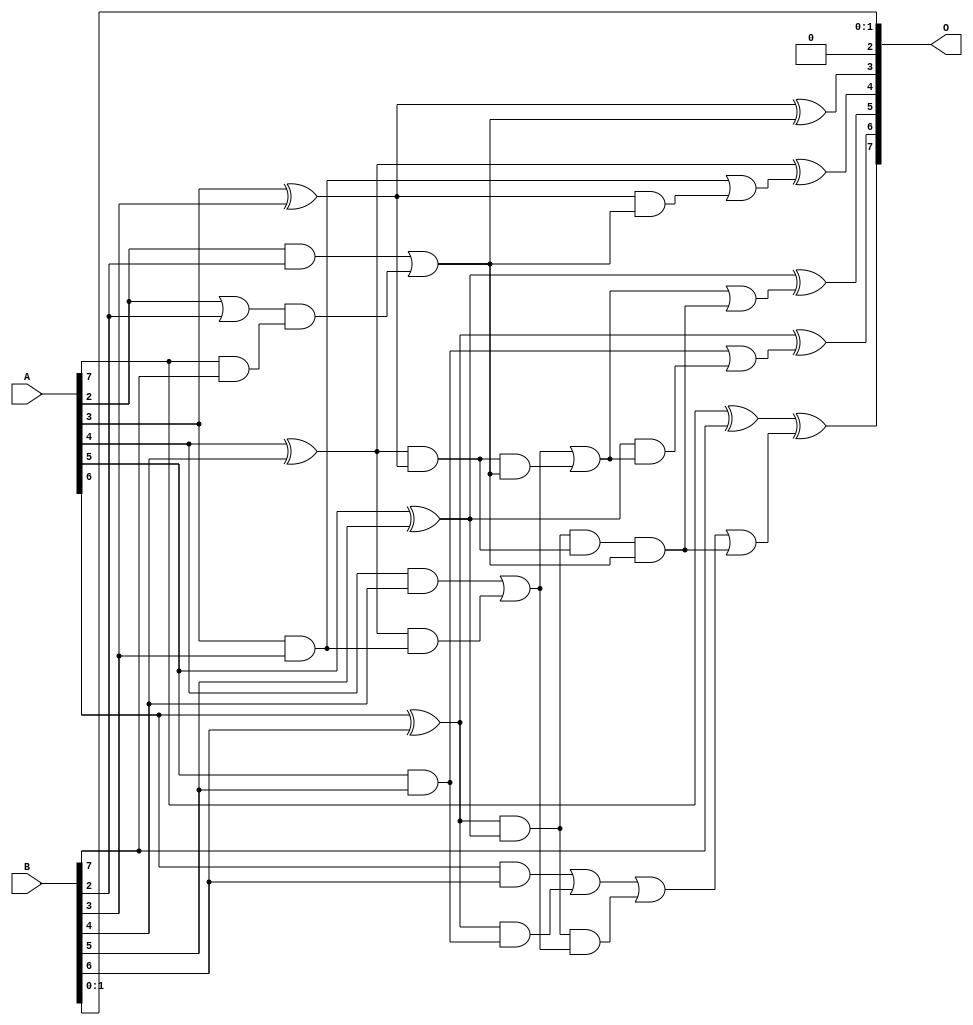
/***
* This code is a part of EvoApproxLib library (ehw.fit.vutbr.cz/approxlib) distributed under The MIT License.
* When used, please cite the following article(s): V. Mrazek, L. Sekanina, Z. Vasicek "Libraries of Approximate Circuits: Automated Design and Application in CNN Accelerators" IEEE Journal on Emerging and Selected Topics in Circuits and Systems, Vol 10, No 4, 2020 
* This file contains a circuit from a sub-set of pareto optimal circuits with respect to the pwr and wce parameters
***/
// MAE% = 2.50 %
// MAE = 3.2 
// WCE% = 5.47 %
// WCE = 7.0 
// WCRE% = 700.00 %
// EP% = 87.50 %
// MRE% = 18.19 %
// MSE = 16 
// PDK45_PWR = 0.025 mW
// PDK45_AREA = 57.3 um2
// PDK45_DELAY = 0.50 ns

module add8s_6ZP (
    A,
    B,
    O
);

input [7:0] A;
input [7:0] B;
output [7:0] O;

wire sig_18,sig_20,sig_21,sig_22,sig_23,sig_24,sig_25,sig_26,sig_27,sig_28,sig_29,sig_30,sig_31,sig_33,sig_34,sig_35,sig_36,sig_37,sig_38,sig_39;
wire sig_41,sig_42,sig_43,sig_44,sig_45,sig_46,sig_47,sig_48,sig_51,sig_52,sig_53,sig_54,sig_56,sig_57,sig_58,sig_59,sig_60,sig_61;

assign sig_18 = A[7] & B[7];
assign sig_20 = A[2] & B[2];
assign sig_21 = A[2] | B[2];
assign sig_22 = A[3] & B[3];
assign sig_23 = A[3] ^ B[3];
assign sig_24 = A[4] & B[4];
assign sig_25 = A[4] ^ B[4];
assign sig_26 = A[5] & B[5];
assign sig_27 = A[5] ^ B[5];
assign sig_28 = A[6] & B[6];
assign sig_29 = A[6] ^ B[6];
assign sig_30 = A[7] ^ B[7];
assign sig_31 = sig_21 & sig_18;
assign sig_33 = sig_20 | sig_31;
assign sig_34 = sig_25 & sig_22;
assign sig_35 = sig_25 & sig_23;
assign sig_36 = sig_24 | sig_34;
assign sig_37 = sig_29 & sig_26;
assign sig_38 = sig_29 & sig_27;
assign sig_39 = sig_28 | sig_37;
assign sig_41 = sig_20 | sig_31;
assign sig_42 = sig_38 & sig_36;
assign sig_43 = sig_38 & sig_35;
assign sig_44 = sig_39 | sig_42;
assign sig_45 = sig_43 & sig_41;
assign sig_46 = sig_44 | sig_45;
assign sig_47 = sig_35 & sig_33;
assign sig_48 = sig_36 | sig_47;
assign sig_51 = sig_23 & sig_41;
assign sig_52 = sig_22 | sig_51;
assign sig_53 = sig_27 & sig_48;
assign sig_54 = sig_26 | sig_53;
assign sig_56 = sig_48 | sig_45;
assign sig_57 = sig_23 ^ sig_41;
assign sig_58 = sig_25 ^ sig_52;
assign sig_59 = sig_27 ^ sig_56;
assign sig_60 = sig_29 ^ sig_54;
assign sig_61 = sig_30 ^ sig_46;

assign O[7] = sig_61;
assign O[6] = sig_60;
assign O[5] = sig_59;
assign O[4] = sig_58;
assign O[3] = sig_57;
assign O[2] = 1'b0;
assign O[1] = B[1];
assign O[0] = B[0];

endmodule